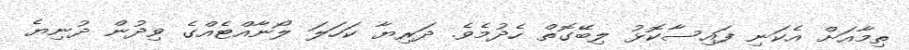
ތިމާއަށް އެކަނި ފައިސާކޮޅު ލިބޭގޮތް ހެދުމެވެ. ދަރިޔާ ކަހަލަ ލޯނާއްޓެއްގެ ވިދުން ދުނިޔެ